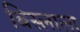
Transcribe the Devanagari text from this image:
बिस्लाला